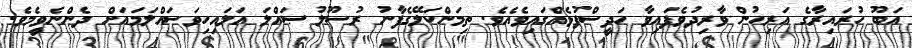
އަބޫ ހުރައިރާގެ އަރިހުން ވާރިދުވެފައިވާ ހަދީސްފުޅެއްގައިވެއެވެ. ތިމަންކަލޭގެފާނު ރުސޫލު ޞައްލަ އަލައިހިވަސައްލަމައަށް ދެންނެވީމެވެ.